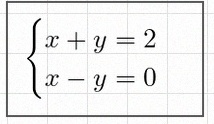
\begin{cases}x+y=2\\x-y=0\end{cases}